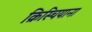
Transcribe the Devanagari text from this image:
क्रिस्चियाना